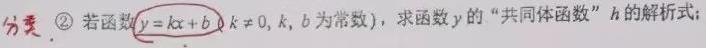
\textcircled{2}若函数$y = kx + b$（$k\neq0$，$k$，$b$为常数），求函数$y$的“共同体函数”$h$的解析式；